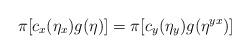
LaTeX: \begin{align*} \pi[c_x(\eta_x)g(\eta)] = \pi[c_y(\eta_y)g(\eta^{yx})]\end{align*}